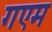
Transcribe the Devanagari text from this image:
गएम